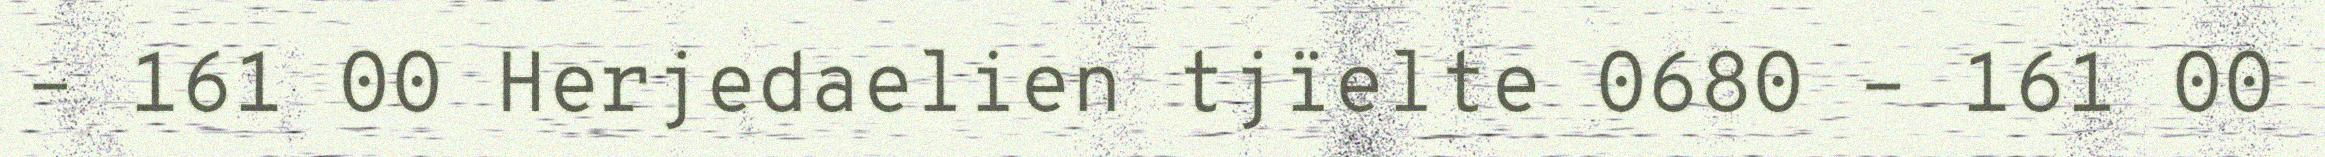
– 161 00 Herjedaelien tjïelte 0680 – 161 00